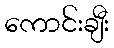
ကောင်းချီး